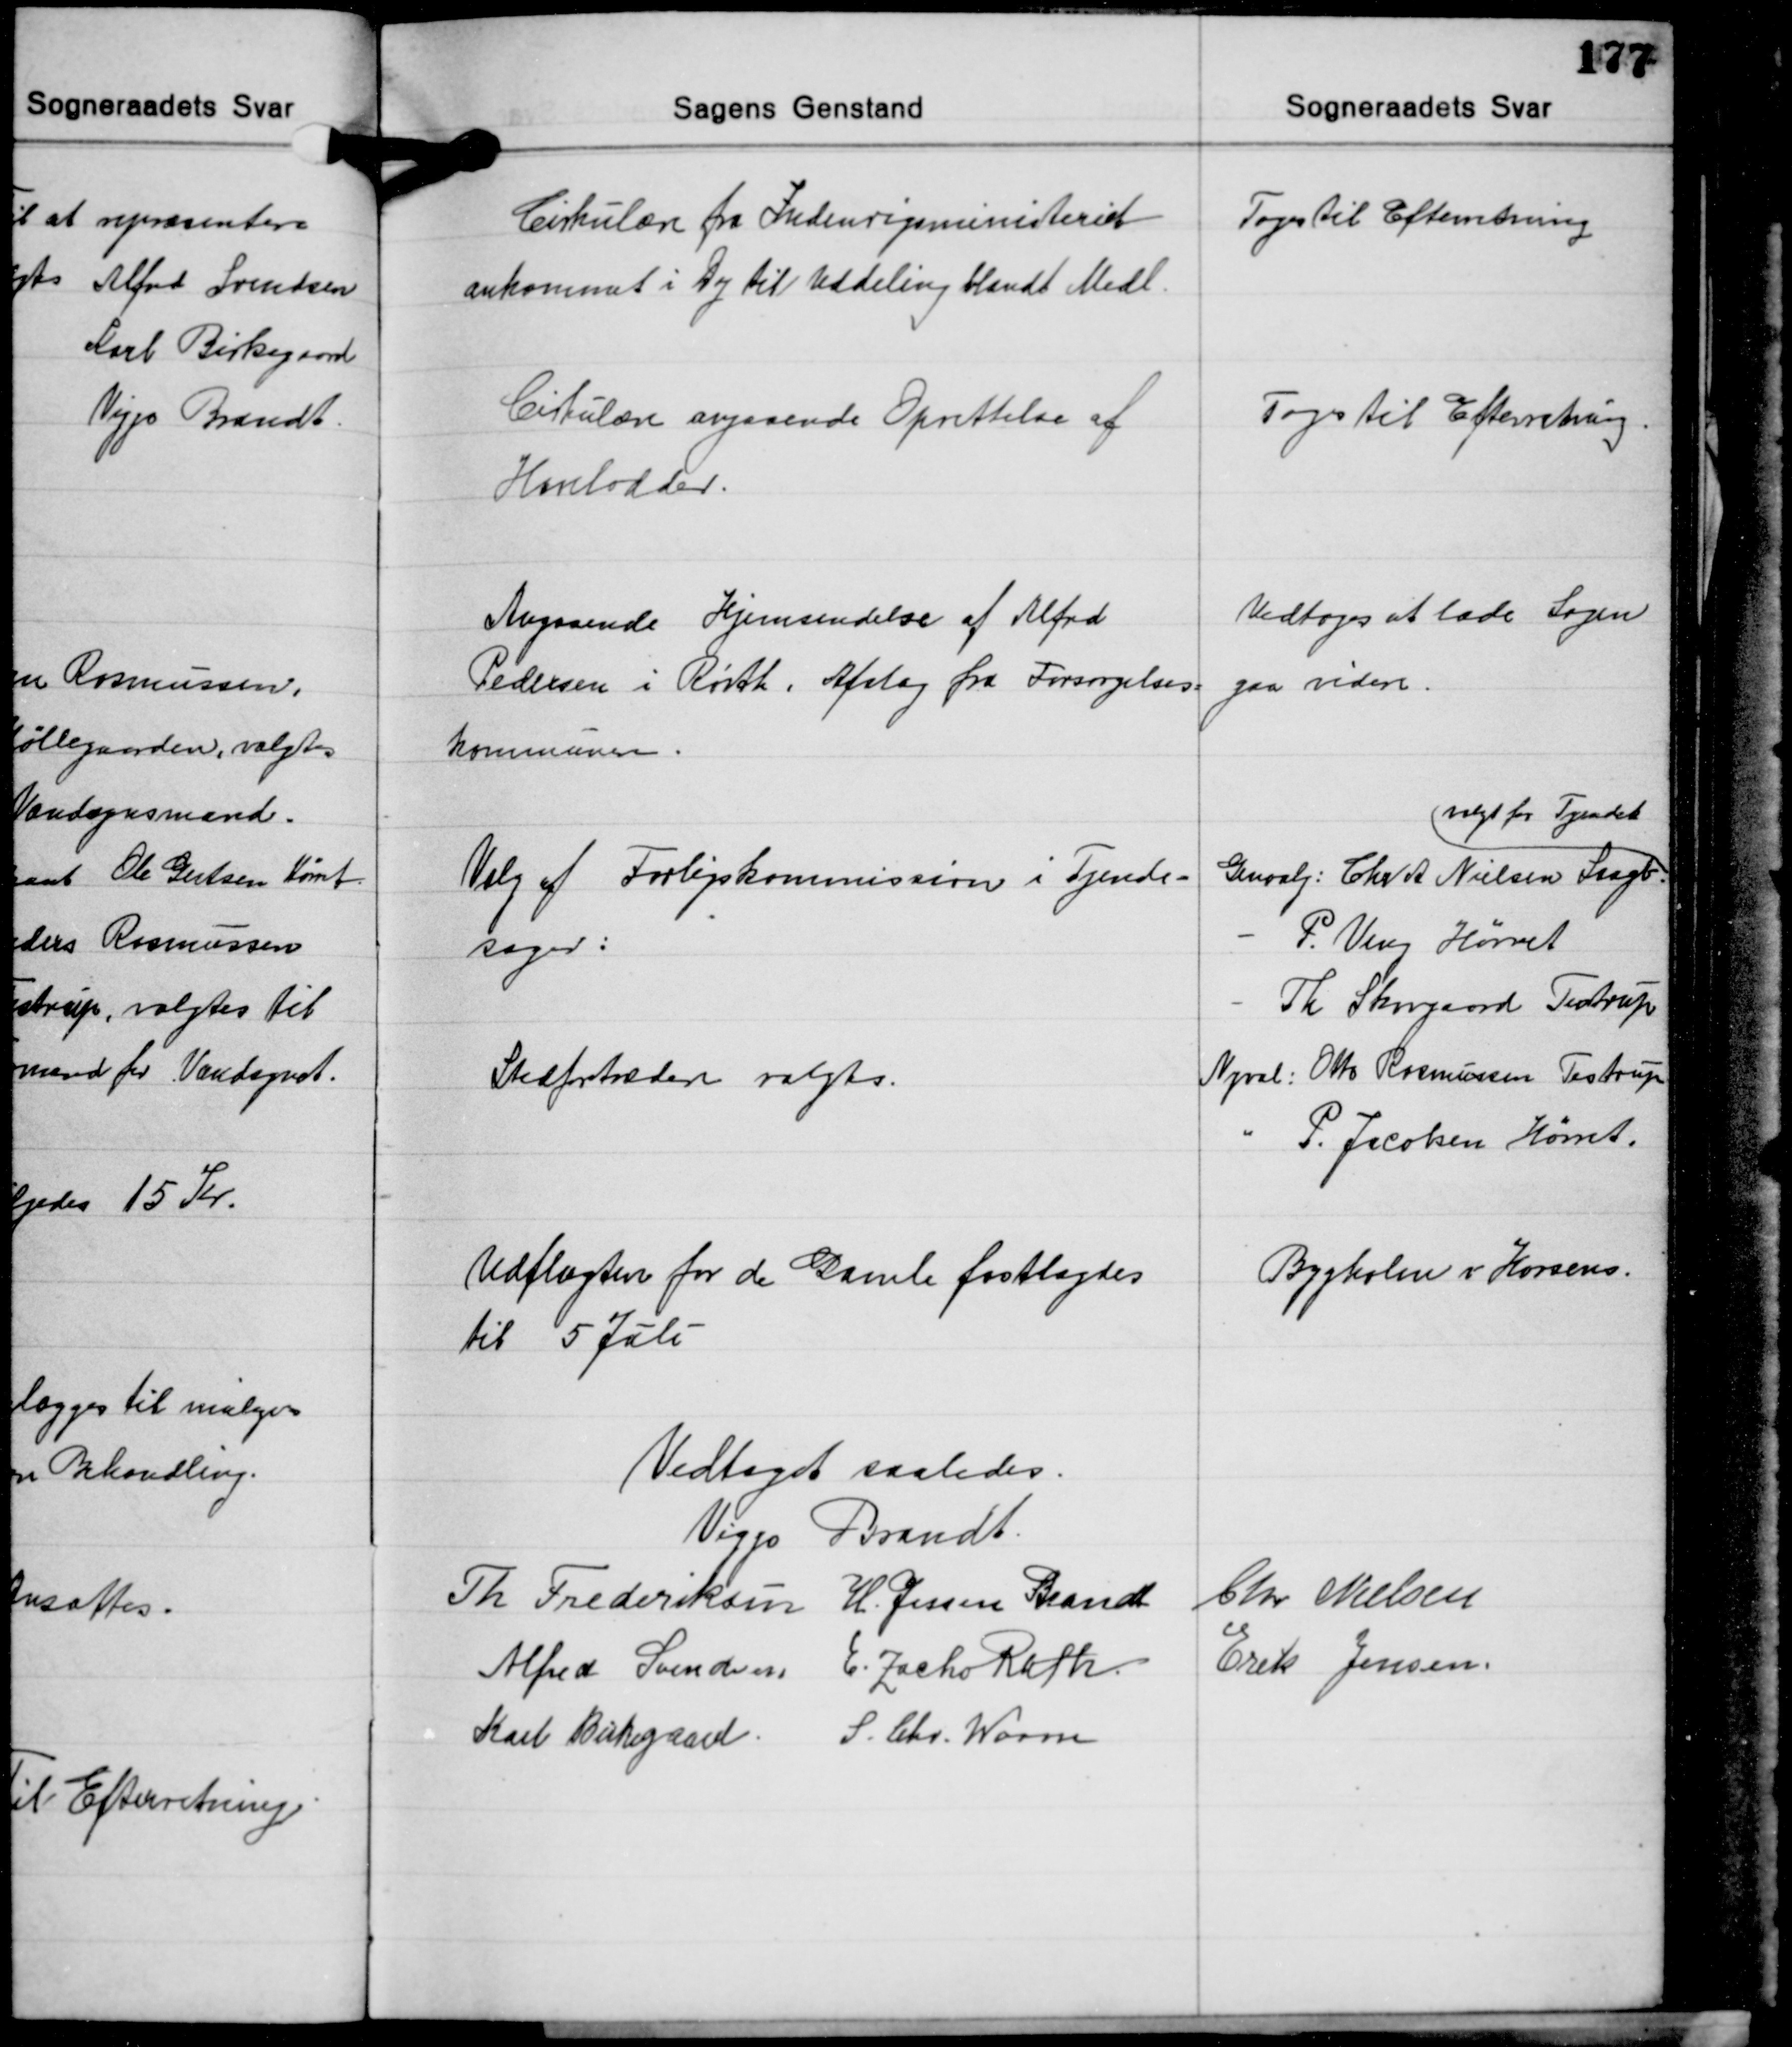
Transskription:
Cirkulære fra Indenrigsministeriet
ankommet i Dag til Uddeling blandt Medl.

Toges til Efterretning

Cirkulære angaaende Oprettelse af
Havelodder.

Toges til Efterretning.

Angaaende Hjemsendelse af Alfred
Pedersen i Rørth. Afslag fra Forsørgelses-
kommune.

Vedtoges at lade Sagen
gaa videre.

Valg af Forligskommission i Tyende-
sager:

Stedfortrædere valgtes.

valgt for Tyendet
Genvalg: Chr. A. Nielsen langb.
- P. Veng Hørret
- Th. Skovgaard Testrup
Nyval: Otto Rasmussen Testrup
" P. Jacobsen Hørret.

Udflugten for de Gamle fastlagdes
til 5 Juli

Bygholm v Horsens.

Vedtaget saaledes.
Viggo Brandt
Th. Frederiksen H. Jessen Brandt Chr. Nielsen
Alfred Svendsen E. Zacho Rath Erik Jensen
Karl Birkegaard S. Chr. Worm